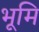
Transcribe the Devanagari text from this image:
भूमि